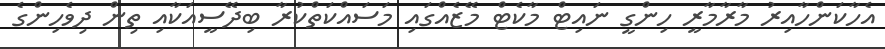
އެހާކަންހާއިރު މާރާމާރީ ހިންގީ ނައިޓް މާކެޓް މޭޒެއްގައި މަސައްކަތްކުރާ ބިދޭސީއަކާއި ތިން ދިވެހިންގެ